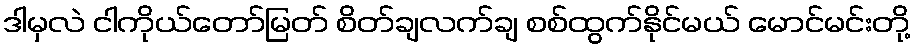
ဒါမှလဲ ငါကိုယ်တော်မြတ် စိတ်ချလက်ချ စစ်ထွက်နိုင်မယ် မောင်မင်းတို့